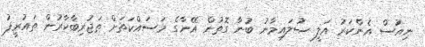
ނިއުސް އެންކަރު އަލީ ސުލައިމާނު ބުނާ ގޮތުން އޭނާގެ މަސައްކަތަށް ތަޖުރިބާކާރުން ތައުރީފު